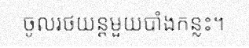
ចូលរថយន្តមួយបាំងកន្លះ។